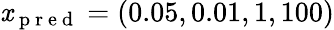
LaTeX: \mathit{x}_{\mathrm{{~p~r~e~d~}}}=(0.05,0.01,1,100)